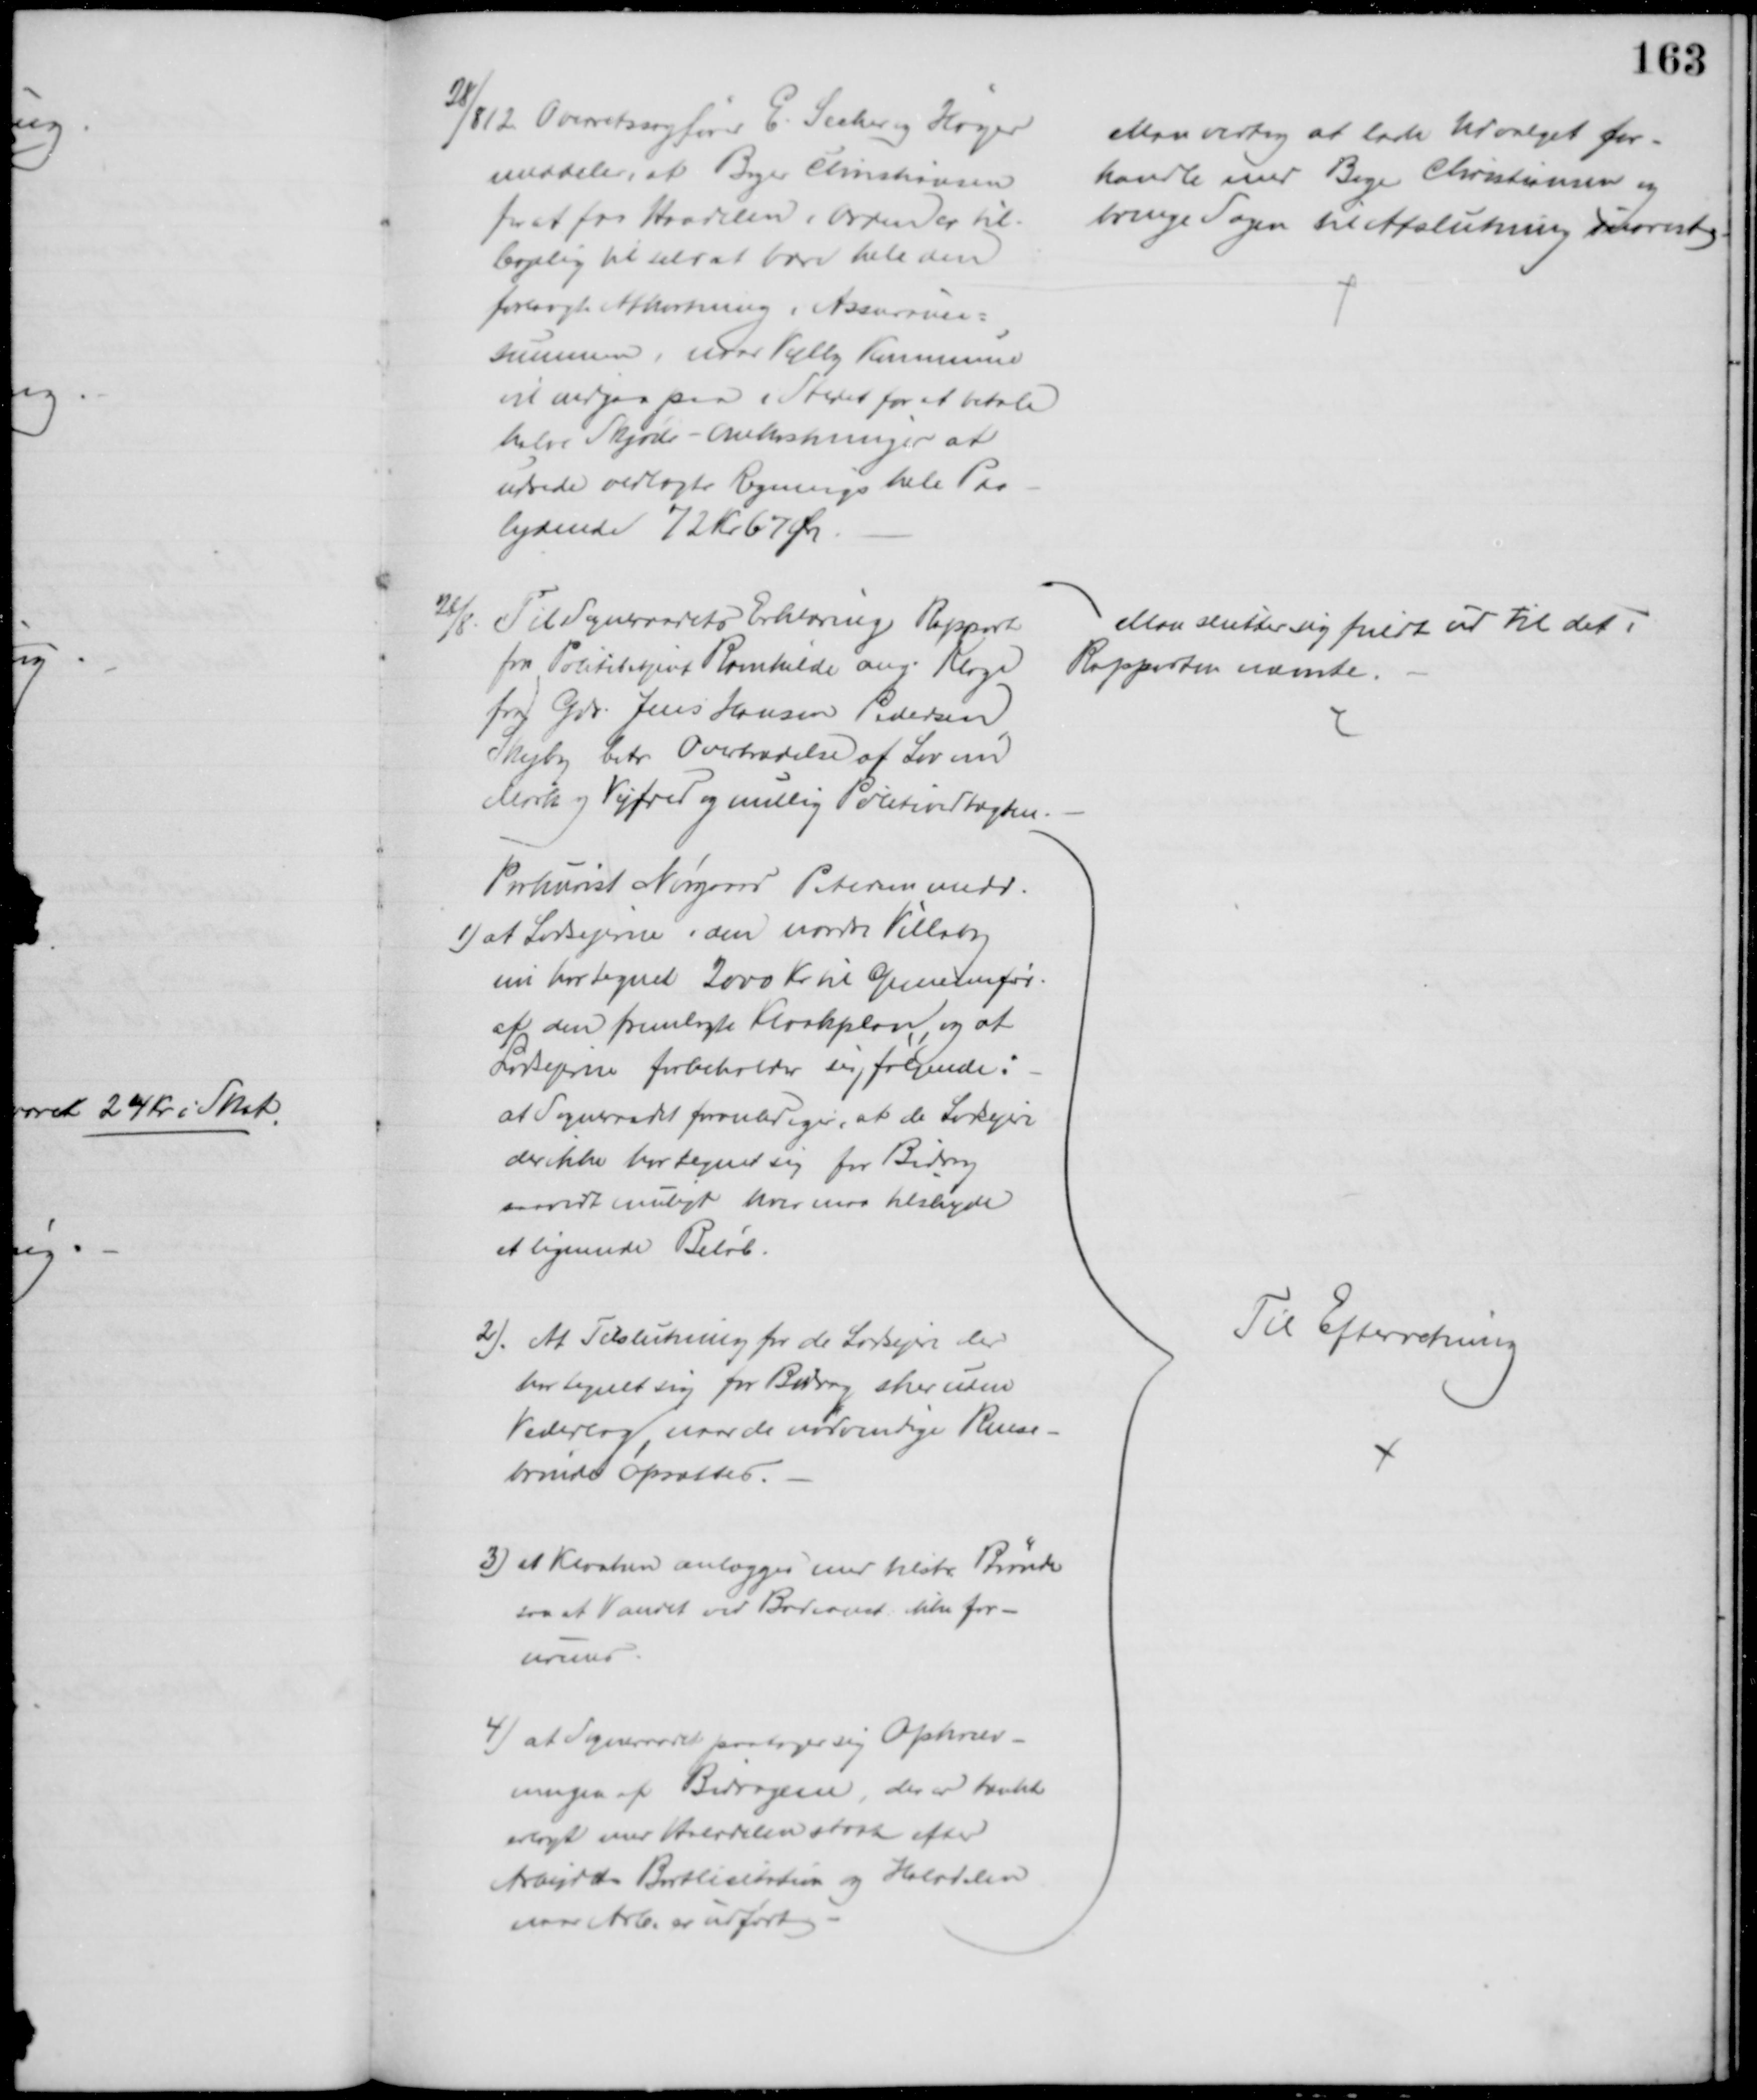
Transskription:
28/8 12 Overretssagfører E. Secher og Høyer
meddeler, at Bager Christiansen
for at faa Handlen i Orden er til-
bøjelig til selv at bære hele den
forlangte Afkortning i Assurance=
summen, naar Vejlby Kommune
vil indgaa paa i Stedet for at betale
halve Skjøde-omkostninger at 
udrede vedlagte Regnings hele Paa-
lydende 72 Kr 67 Øre.
Man vedtog at lade Udvalget for-
handle med Bager Christiansen og
bringe Sagen til Afslutning snarest
28/8
Til Sogneraadets Erklæring Rapport
fra Politibetjent Ravnkilde ang. Klage
fra Gdr. Jens Hansen Pedersen
Skejby betr Overtrædelse af Lov om
Mark og Vejfred og mulig Politivedtægten.
Man slutter sig fuldt ud til det i
Rapporten nævnte.
Prokurist Nørgaard Petersen medd.
1) at Lodsejerne i den nordre Villaby
nu har tegnet 2000 Kr til Gennemfør.
af den fremlagte Kloakplan, og at 
Lodsejerne forbeholder sig følgende:
at Sogneraadet foranlediger, at de Lodsejere
der ikke har tegnet sig for Bidrag
saavidt muligt hver maa tilskyde
et lignende Beløb.
2). At Tilslutning for de Lodsejere der 
har tegnet sig for Bidrag sker uden
Vederlag, naar de nødvendige Rense-
brønde opsættes.
3) at Kloaken anlægges med tilstr. Brønde
saa at Vandet ved Badeanst. ikke for-
urenes
4) at Sogneraadet paatager sig Opkræv-
ningen af Bidragene, der er tænkt
erlagt med Halvdelen strax efter
Arbejdets Bortlicitation og Halvdelen
naar Arb. er udført.
Til Efterretning